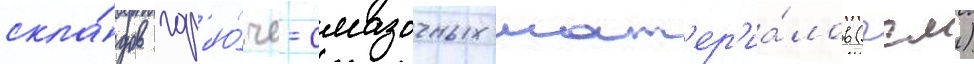
скла́дов гор'ю́че-смазочных мат'ер'иа́лов (гсм)